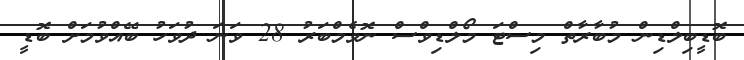
ބޮޑީބިލްޑިން މުބާރާތް މިސްޓަ މޯލްޑިވްސް ނޮވެމްބަރު 28 ވަނަ ދުވަހު ބޭއްވުމަށް ބޮޑީ